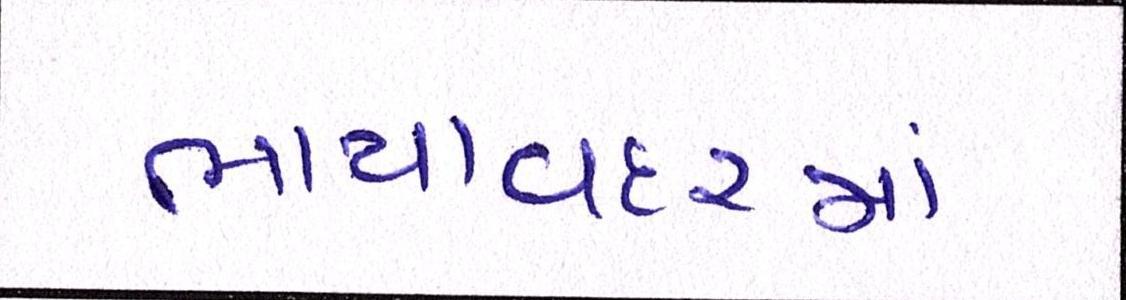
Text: ભાયાવદરમાં